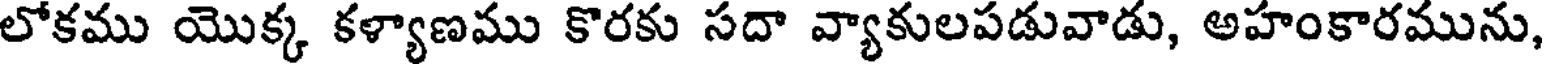
లోకము యొక్క కళ్యాణము కొరకు సదా వ్యాకులపడువాడు, అహంకారమును,